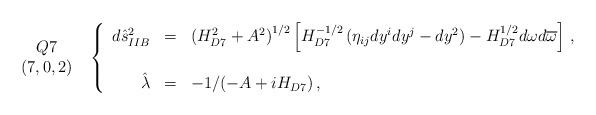
LaTeX: \begin{align*}\begin{array}{c}Q7\\(7,0,2)\\\end{array}\,\,\,\left\{\begin{array}{rcl}d\hat{s}^{2}_{IIB} & = & \left(H_{D7}^{2}+A^{2}\right)^{1/2}\left[H_{D7}^{-1/2}\left( \eta_{ij}dy^{i}dy^{j} -dy^{2}\right)-H_{D7}^{1/2}d\omega d\overline{\omega}\right]\, ,\\& & \\\hat{\lambda} & = & -1/(-A +iH_{D7})\, ,\\\end{array}\right.\end{align*}